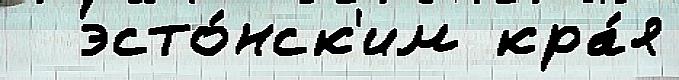
  эсто́нск'им кра́я